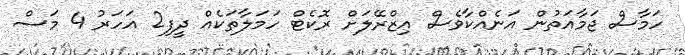
ހަމާސް ޖަމާއަތުން އަނެއްކާވެސް އިޒްރޭލަށް ރޮކެޓް ހަމަލާތަކެއް ދީފި2 އަހަރު 4 މަސް